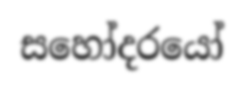
සහෝදරයෝ